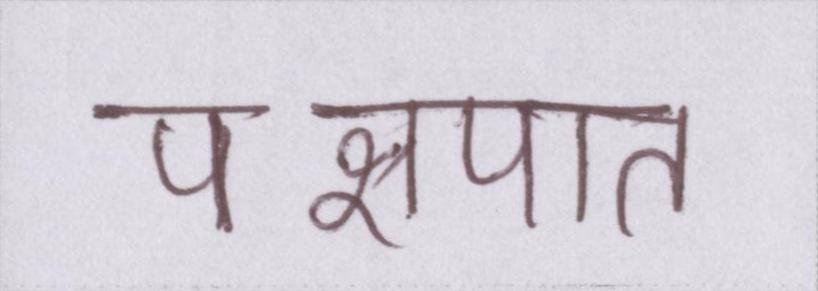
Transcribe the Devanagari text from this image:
पक्षपात